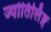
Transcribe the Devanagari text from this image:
ज्योतिर्लिङ्ग